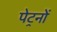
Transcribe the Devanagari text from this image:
पेट्रनों